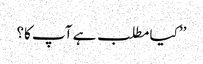
’’کیا مطلب ہے آپ کا؟